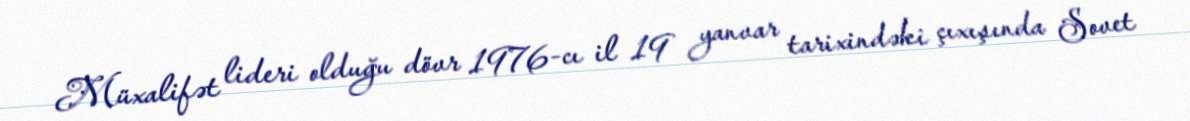
Müxalifət lideri olduğu dövr 1976-cı il 19 yanvar tarixindəki çıxışında Sovet